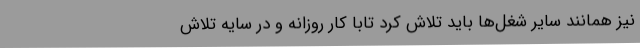
نیز همانند سایر شغل‌ها باید تلاش کرد تابا کار روزانه و در سایه تلاش